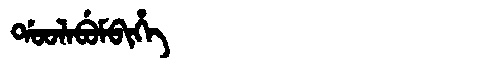
Manchu: ᡩᠣᠣᠯᠠᠪᡠᠮᠪᡳᡥᡝ
Romanization: DOOLABUMBIHE